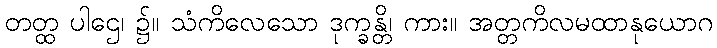
တတ္ထ ပါဌေ၊ ၌။ သံကိလေသော ဒုက္ခန္တိ၊ ကား။ အတ္တကိလမထာနုယောဂ